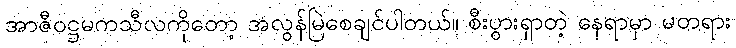
အာဇီဝဋ္ဌမကသီလကိုတော့ အလွန်မြဲစေချင်ပါတယ်။ စီးပွားရှာတဲ့ နေရာမှာ မတရား